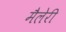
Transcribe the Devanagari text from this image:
मैलेरी